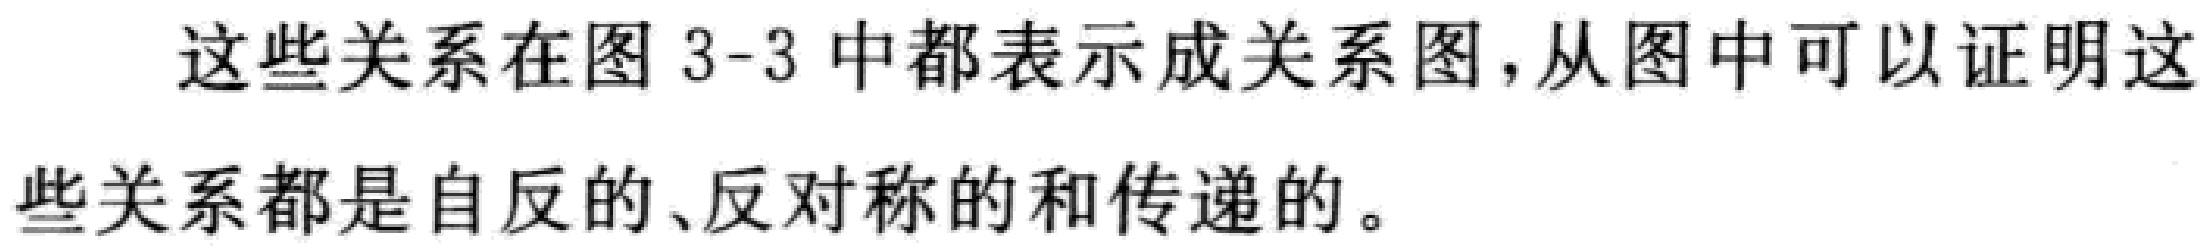
这些关系在图 3-3 中都表示成关系图，从图中可以证明这些关系都是自反的、反对称的和传递的。